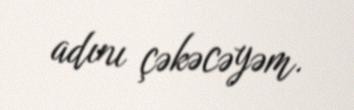
adını çəkəcəyəm.